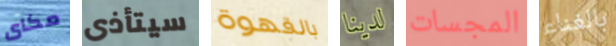
مكاى سيتأذى بالقهوة لدينا المجسات بالغناء